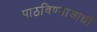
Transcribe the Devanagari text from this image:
पाठविण्याआधी